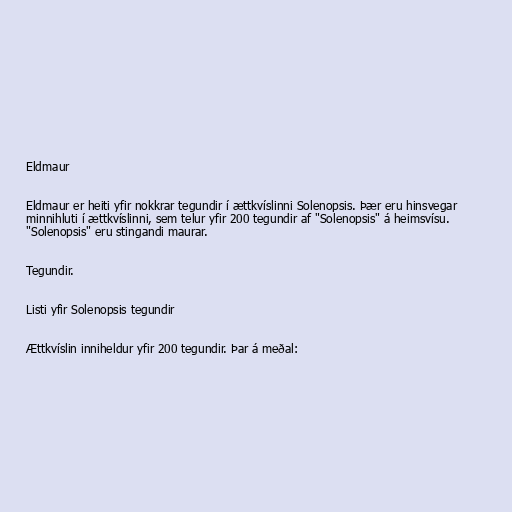
Eldmaur

Eldmaur er heiti yfir nokkrar tegundir í ættkvíslinni Solenopsis. Þær eru hinsvegar
minnihluti í ættkvíslinni, sem telur yfir 200 tegundir af "Solenopsis" á heimsvísu.
"Solenopsis" eru stingandi maurar.

Tegundir.

Listi yfir Solenopsis tegundir

Ættkvíslin inniheldur yfir 200 tegundir. Þar á meðal: